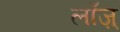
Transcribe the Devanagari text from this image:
लॉज़्